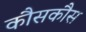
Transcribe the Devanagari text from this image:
कौसकौस